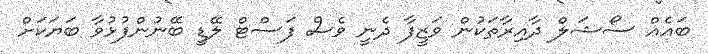
ބައެއް ސޯޝަލް ދާއިރާތަކުން ވަޒީފާ ދެނީ ވެސް ފަސްޓް ލޭޑީ ބޭނުންފުޅުވާ ބަޔަކަށް